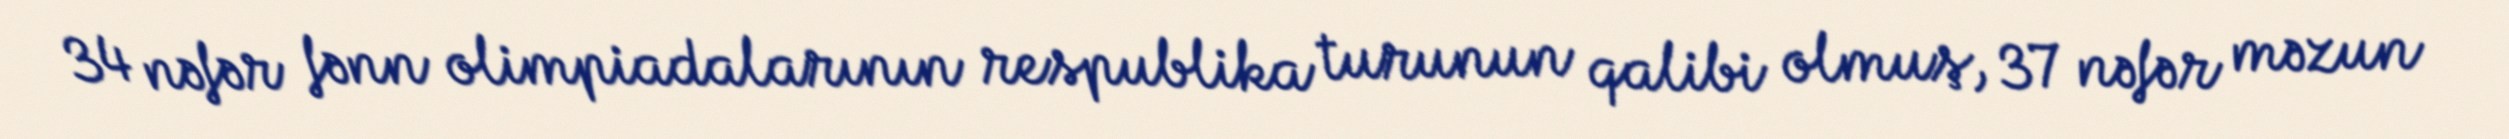
34 nəfər fənn olimpiadalarının respublika turunun qalibi olmuş, 37 nəfər məzun